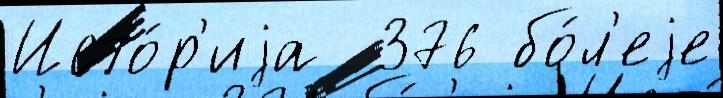
Исто́р'иjа  376 бо́л'еjе